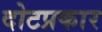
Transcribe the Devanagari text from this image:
दोटप्रकार